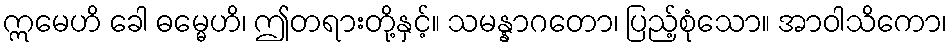
ဣမေဟိ ခေါ ဓမ္မေဟိ၊ ဤတရားတို့နှင့်။ သမန္နာဂတော၊ ပြည့်စုံသော။ အာဝါသိကော၊